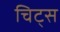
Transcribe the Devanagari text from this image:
चिट्स